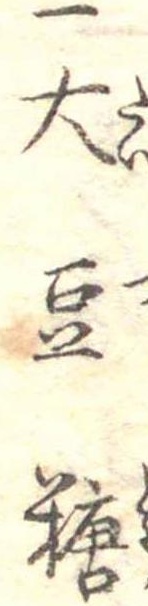
一大豆糖